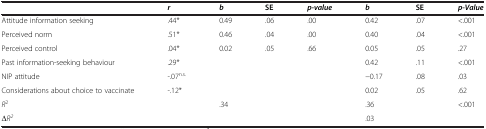
<table><thead><tr><td><b> </b></td><td><b><i>r</i></b></td><td><b><i>b</i></b></td><td><b>SE</b></td><td><b><i>p-value</i></b></td><td><b><i>b</i></b></td><td><b>SE</b></td><td><b><i>p-Value</i></b></td></tr></thead><tbody><tr><td>Attitude information seeking</td><td>.44*</td><td>0.49</td><td>.06</td><td>.00</td><td>0.42</td><td>.07</td><td>&lt;.001</td></tr><tr><td>Perceived norm</td><td>.51*</td><td>0.46</td><td>.04</td><td>.00</td><td>0.40</td><td>.04</td><td>&lt;.001</td></tr><tr><td>Perceived control</td><td>.04*</td><td>0.02</td><td>.05</td><td>.66</td><td>0.05</td><td>.05</td><td>.27</td></tr><tr><td>Past information-seeking behaviour</td><td>.29*</td><td> </td><td> </td><td> </td><td>0.42</td><td>.11</td><td>&lt;.001</td></tr><tr><td>NIP attitude</td><td>-.07<sup>n.s.</sup></td><td> </td><td> </td><td> </td><td>-0.17</td><td>.08</td><td>.03</td></tr><tr><td>Considerations about choice to vaccinate</td><td>-.12*</td><td> </td><td> </td><td> </td><td>0.02</td><td>.05</td><td>.62</td></tr><tr><td><i>R</i><sup>2</sup></td><td rowspan="2"> </td><td rowspan="2">.34</td><td rowspan="2"> </td><td rowspan="2"> </td><td>.36</td><td rowspan="2"> </td><td rowspan="2">&lt;.001</td></tr><tr><td>Δ<i>R</i><sup><i>2</i></sup></td><td>.03</td></tr></tbody></table>